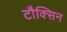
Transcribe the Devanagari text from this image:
टौक्सिन